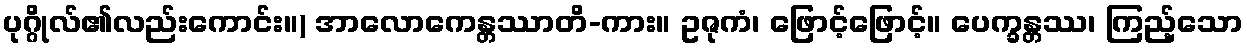
ပုဂ္ဂိုလ်၏လည်းကောင်း။) အာလောကေန္တဿာတိ-ကား။ ဥဇုကံ၊ ဖြောင့်ဖြောင့်။ ပေက္ခန္တဿ၊ ကြည့်သော